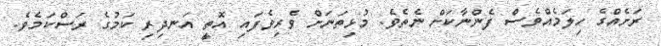
ރަށެއްގެ ހިލަމެއްވެސް ފެންނާކަށް ނެތެވެ. މުޅިތަނަށް ވެރިވެފައި އޮތީ އަނދިރި ކަމުގެ ރަސްކަމެވެ.